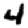
Digit: 4